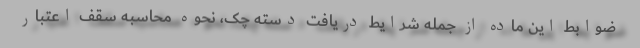
ضوابط این ماده از جمله شرایط دریافت دسته چک، نحوه محاسبه سقف اعتبار